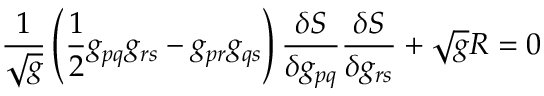
{ \frac { 1 } { \sqrt { g } } } \left( { \frac { 1 } { 2 } } g _ { p q } g _ { r s } - g _ { p r } g _ { q s } \right) { \frac { \delta S } { \delta g _ { p q } } } { \frac { \delta S } { \delta g _ { r s } } } + { \sqrt { g } } R = 0